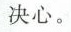
决心。